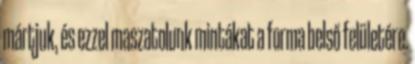
mártjuk, és ezzel maszatolunk mintákat a forma belső felületére.